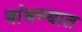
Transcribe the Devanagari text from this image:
बांधण्‍यात